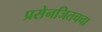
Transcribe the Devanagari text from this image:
प्रसेनजितचचा